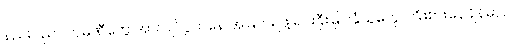
နည်းပညာ ကုမ္ပဏီတွေ အားပြိုင်ပွဲကနေ အမြတ်ရဖို့ ရင်းနှီးမြှုပ်နှံသူတွေ ကြိုးစားနေချိန်မှာပဲ